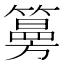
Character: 𥵀